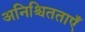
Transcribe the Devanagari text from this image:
अनिश्चितताएँ